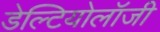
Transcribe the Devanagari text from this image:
डेल्टियोलॉजी